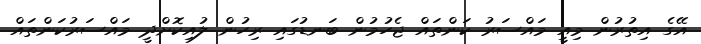
އޭގެ އިތުރުން މިއީ މައްސަރު ކަންތައް ޖެހުމުން ބަނޑުގައި ރިހުން ލުއިކޮށްދީ މައްސަރުކަންތައް